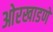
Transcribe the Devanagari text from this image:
ओरखाडणे